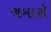
ચમારૉ